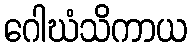
ဂေါဃံသိကာယ